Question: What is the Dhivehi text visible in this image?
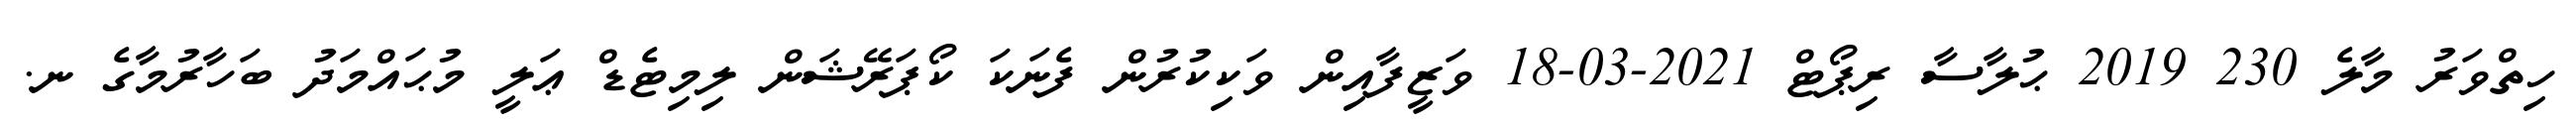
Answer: ހިތްވަރު މާލެ 230 2019 ޙުލާސާ ރިޕޯޓް 2021-03-18 ވަޒީފާއިން ވަކިކުރުން ފެނަކަ ކޯޕަރޭޝަން ލިމިޓެޑް ޢަލީ މުޙައްމަދު ބަހާރުމާގެ ނ.